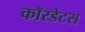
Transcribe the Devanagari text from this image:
कॉरडेटस